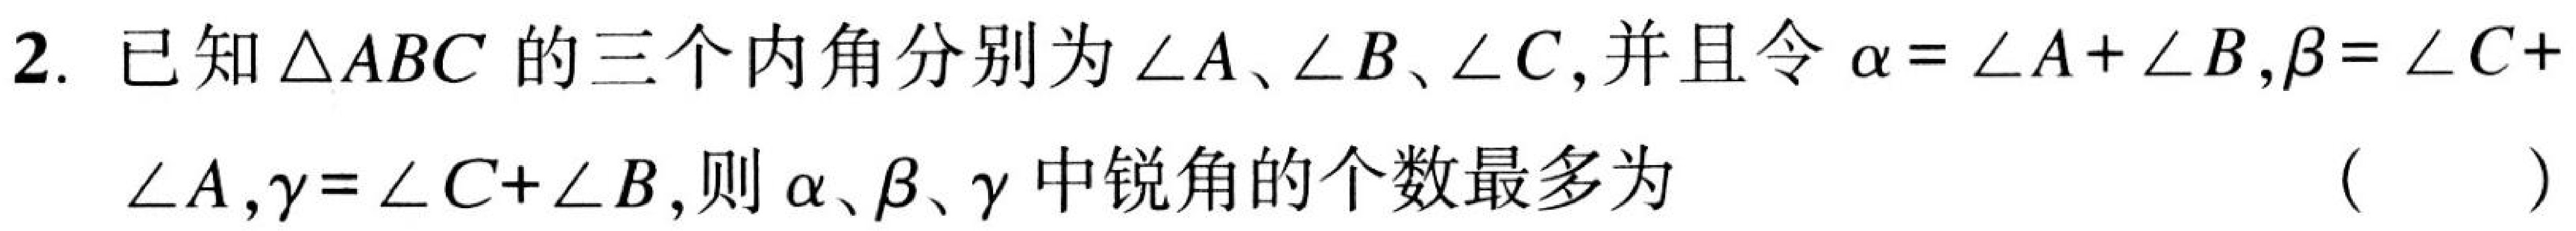
2. 已知$\triangle ABC$的三个内角分别为$\angle A、\angle B、\angle C$,并且令$\alpha=\angle A + \angle B,\beta=\angle C +$
$\angle A,\gamma=\angle C+\angle B$,则$\alpha、\beta、\gamma$中锐角的个数最多为  (  )